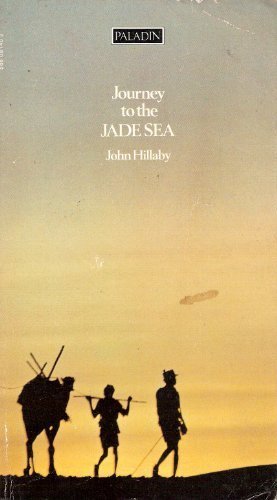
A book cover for Journey to the Jade Sea; John Hillaby; Travel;